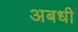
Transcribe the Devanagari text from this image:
अबधी